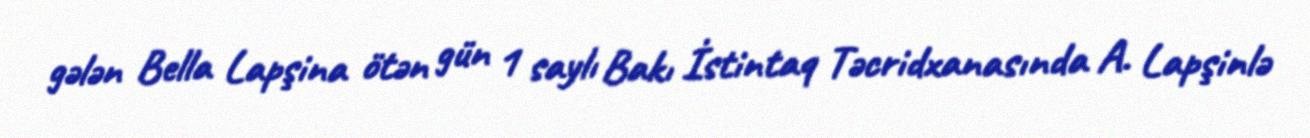
gələn Bella Lapşina ötən gün 1 saylı Bakı İstintaq Təcridxanasında A. Lapşinlə